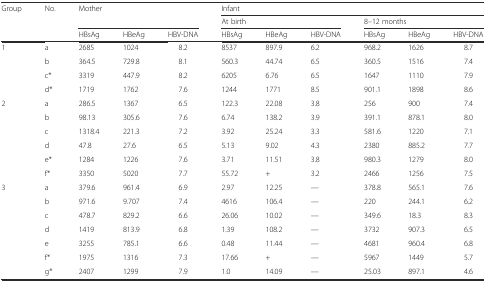
<table><thead><tr><td rowspan="3"><b>Group</b></td><td rowspan="3"><b>No.</b></td><td rowspan="2" colspan="3"><b>Mother</b></td><td colspan="6"><b>Infant</b></td></tr><tr><td colspan="3"><b>At birth</b></td><td colspan="3"><b>8–12 months</b></td></tr><tr><td><b>HBsAg</b></td><td><b>HBeAg</b></td><td><b>HBV-DNA</b></td><td><b>HBsAg</b></td><td><b>HBeAg</b></td><td><b>HBV-DNA</b></td><td><b>HBsAg</b></td><td><b>HBeAg</b></td><td><b>HBV-DNA</b></td></tr></thead><tbody><tr><td rowspan="4">1</td><td>a</td><td>2685</td><td>1024</td><td>8.2</td><td>8537</td><td>897.9</td><td>6.2</td><td>968.2</td><td>1626</td><td>8.7</td></tr><tr><td>b</td><td>364.5</td><td>729.8</td><td>8.1</td><td>560.3</td><td>44.74</td><td>6.5</td><td>360.5</td><td>1516</td><td>7.4</td></tr><tr><td>c*</td><td>3319</td><td>447.9</td><td>8.2</td><td>6205</td><td>6.76</td><td>6.5</td><td>1647</td><td>1110</td><td>7.9</td></tr><tr><td>d*</td><td>1719</td><td>1762</td><td>7.6</td><td>1244</td><td>1771</td><td>8.5</td><td>901.1</td><td>1898</td><td>8.6</td></tr><tr><td rowspan="6">2</td><td>a</td><td>286.5</td><td>1367</td><td>6.5</td><td>122.3</td><td>22.08</td><td>3.8</td><td>256</td><td>900</td><td>7.4</td></tr><tr><td>b</td><td>98.13</td><td>305.6</td><td>7.6</td><td>6.74</td><td>138.2</td><td>3.9</td><td>391.1</td><td>878.1</td><td>8.0</td></tr><tr><td>c</td><td>1318.4</td><td>221.3</td><td>7.2</td><td>3.92</td><td>25.24</td><td>3.3</td><td>581.6</td><td>1220</td><td>7.1</td></tr><tr><td>d</td><td>47.8</td><td>27.6</td><td>6.5</td><td>5.13</td><td>9.02</td><td>4.3</td><td>2380</td><td>885.2</td><td>7.7</td></tr><tr><td>e*</td><td>1284</td><td>1226</td><td>7.6</td><td>3.71</td><td>11.51</td><td>3.8</td><td>980.3</td><td>1279</td><td>8.0</td></tr><tr><td>f*</td><td>3350</td><td>5020</td><td>7.7</td><td>55.72</td><td>+</td><td>3.2</td><td>2466</td><td>1256</td><td>7.5</td></tr><tr><td rowspan="7">3</td><td>a</td><td>379.6</td><td>961.4</td><td>6.9</td><td>2.97</td><td>12.25</td><td>—</td><td>378.8</td><td>565.1</td><td>7.6</td></tr><tr><td>b</td><td>971.6</td><td>9.707</td><td>7.4</td><td>4616</td><td>106.4</td><td>—</td><td>220</td><td>244.1</td><td>6.2</td></tr><tr><td>c</td><td>478.7</td><td>829.2</td><td>6.6</td><td>26.06</td><td>10.02</td><td>—</td><td>349.6</td><td>18.3</td><td>8.3</td></tr><tr><td>d</td><td>1419</td><td>813.9</td><td>6.8</td><td>1.39</td><td>108.2</td><td>—</td><td>3732</td><td>907.3</td><td>6.5</td></tr><tr><td>e</td><td>3255</td><td>785.1</td><td>6.6</td><td>0.48</td><td>11.44</td><td>—</td><td>4681</td><td>960.4</td><td>6.8</td></tr><tr><td>f*</td><td>1975</td><td>1316</td><td>7.3</td><td>17.66</td><td>+</td><td>—</td><td>5967</td><td>1449</td><td>5.7</td></tr><tr><td>g*</td><td>2407</td><td>1299</td><td>7.9</td><td>1.0</td><td>14.09</td><td>—</td><td>25.03</td><td>897.1</td><td>4.6</td></tr></tbody></table>